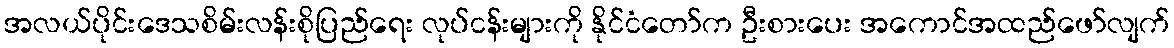
အလယ်ပိုင်းဒေသစိမ်းလန်းစိုပြည်ရေး လုပ်ငန်းများကို နိုင်ငံတော်က ဦးစားပေး အကောင်အထည်ဖော်လျက်